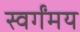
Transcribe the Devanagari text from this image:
स्वर्गंमय